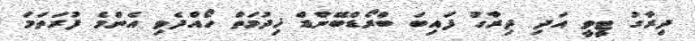
ދިރާގު ޓީވީ އަދި ދިރާގު ފައިބަ ބްރޯޑްބޭންޑް ޚިދުމަތް ހޯއްދެވި އެންމެ ފުރަތަމަ